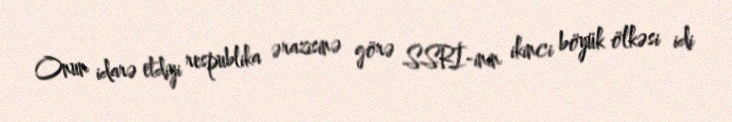
Onun idarə etdiyi respublika ərazisinə görə SSRİ-inin ikinci böyük ölkəsi idi